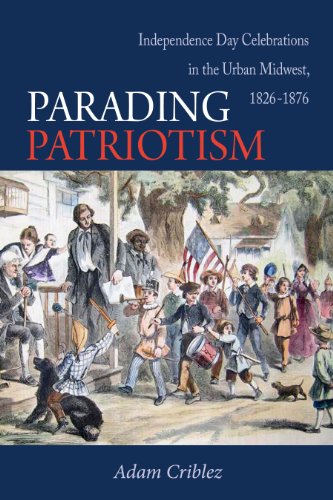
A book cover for Parading Patriotism: Independence Day Celebrations in the Urban Midwest, 1826-1876 (Early American Places); Adam Criblez; Politics & Social Sciences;